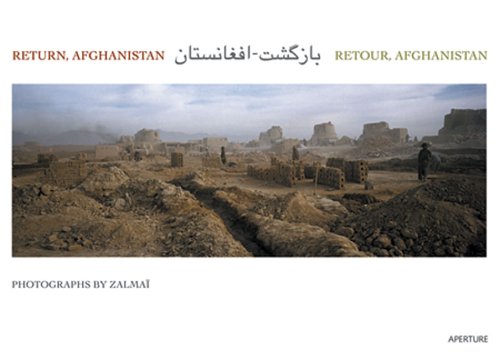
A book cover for ZalmaÃ¯: Return, Afghanistan; Travel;